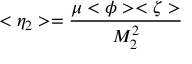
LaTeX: < \eta _ { 2 } > = { \frac { \mu < \phi > < \zeta > } { M _ { 2 } ^ { 2 } } }